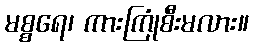
မစ္စရေ၊ ကားကြုံစီးမလား။